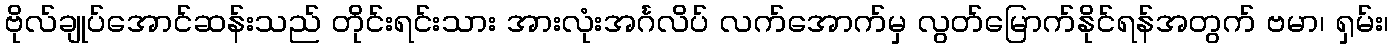
ဗိုလ်ချုပ်အောင်ဆန်းသည် တိုင်းရင်းသား အားလုံးအင်္ဂလိပ် လက်အောက်မှ လွတ်မြောက်နိုင်ရန်အတွက် ဗမာ၊ ရှမ်း၊